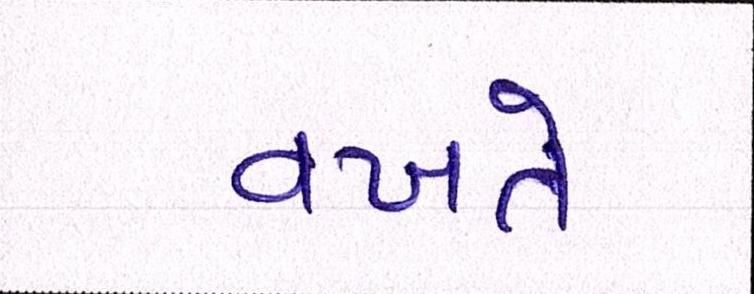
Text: વખતે